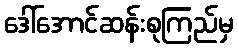
ဒေါ်အောင်ဆန်းစုကြည်မှ